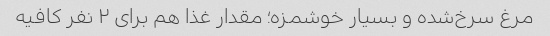
مرغ سرخ‌شده و بسیار خوشمزه؛ مقدار غذا هم برای ۲ نفر کافیه